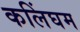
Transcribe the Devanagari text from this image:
कलिंघम